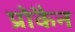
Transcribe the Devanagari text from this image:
प्रोकैन